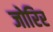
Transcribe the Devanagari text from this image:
जोरिर